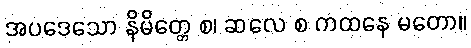
အပဒေသော နိမိတ္တေ စ၊ ဆလေ စ ကထနေ မတော။